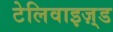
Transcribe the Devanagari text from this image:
टेलिवाइज़्ड